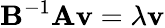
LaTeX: \mathbf{B}^{-1}\mathbf{A}\mathbf{v}=\lambda\mathbf{v}